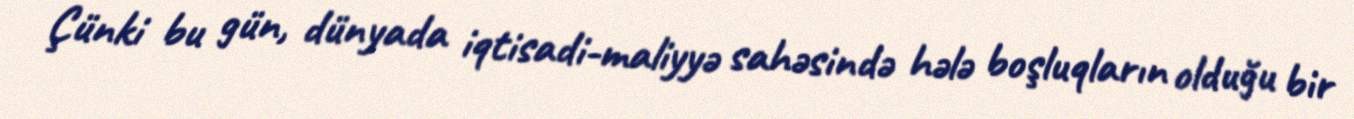
Çünki bu gün, dünyada iqtisadi-maliyyə sahəsində hələ boşluqların olduğu bir